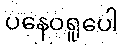
ပနေဝရူပေါ